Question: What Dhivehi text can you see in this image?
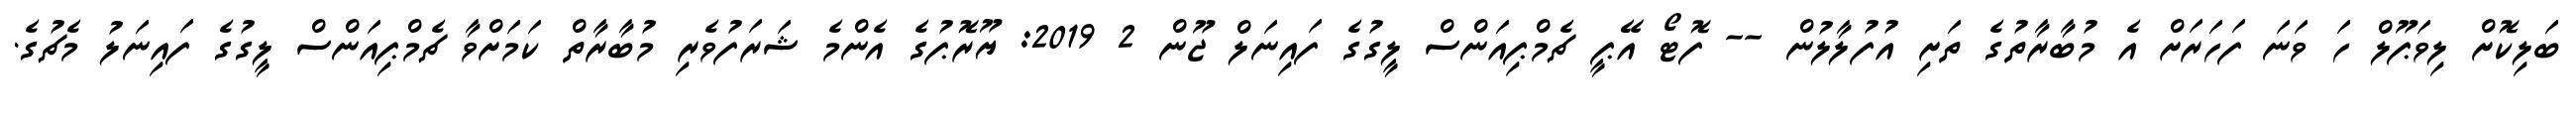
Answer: ބަލިކޮށް ލިވަޕޫލް ހަ ވަނަ ފަހަރަށް އެ މުބާރާތުގެ ތަށި އުފުލާލުން -- ފޮޓޯ އޭޕީ ޗެމްޕިއަންސް ލީގުގެ ފައިނަލް ޖޫން 2 2019: ޔޫރޮޕުގެ އެންމެ ޝަރަފުވެރި މުބާރާތް ކަމަށްވާ ޗެމްޕިއަންސް ލީގުގެ ފައިނަލު މެޗުގެ.